Annual report on the working of the mental hospitals in the Madras Presidency - 1912-1932
Year: 1912
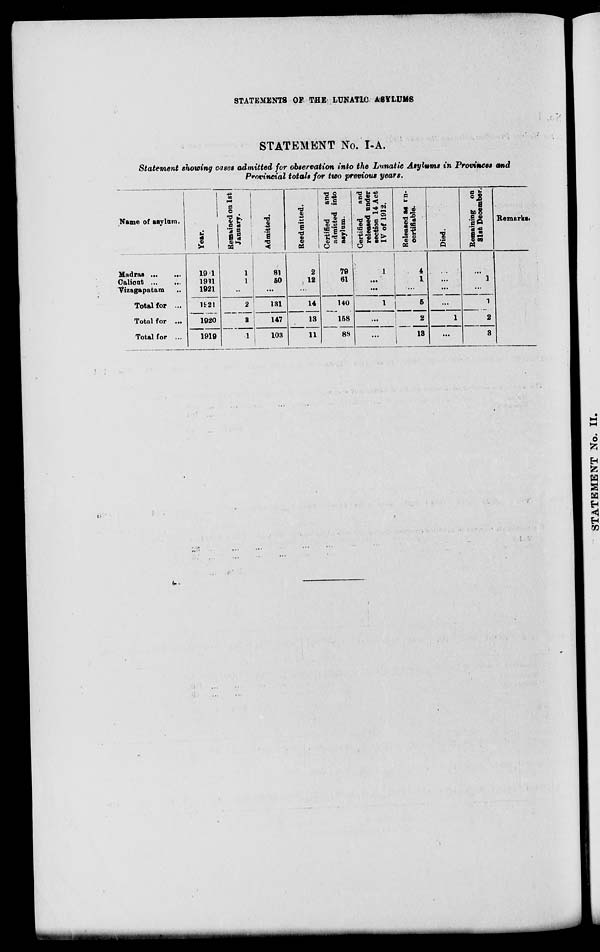
STATEMENTS OF THE LUNATIC ASYLUMS
STATEMENT No. I-A.
Statement showing cases admitted for observation into the Lunatic Asylums in Provinces and
Provincial totals for two previous years.
Name of asylum.
Madras ...
...
Calicut
...
...
Vizagapatam ...
Total for ...
Total for ...
Total for ...
Year.
1921
1921
1921
1921
1920
1919
Remained on 1st
January.
1
1
...
2
3
1
Admitted.
81
50
...
131
147
103
Readmitted.
2
12
...
14
13
11
Certified
and
admitted into
asylum.
79
61
140
158
88
Certified
and
released under
section 14 Act
IV of 1912.
1
...
...
1
...
...
Released as un-
certifiable.
4
1
...
5
2
13
Died.
...
...
...
...
1
...
Remaining on
31st December.
...
1
...
1
2
3
Remarks.